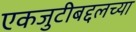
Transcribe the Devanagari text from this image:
एकजुटीबद्दलच्या